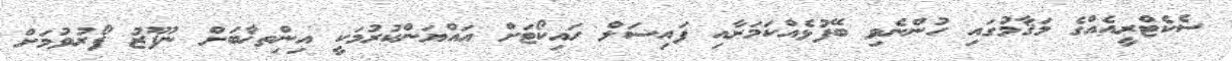
ސެކެޓްރީއެއްގެ މަޤާމުގައި ހުންނެވި ބޭފުޅެއްކަމަށާއި ފައިސަލް ހައިކޯޓަށް އައްޔަންކުރުމަކީ އިންިތޚާބަށް ނުފޫޒު ފޯރުވުމަށް